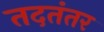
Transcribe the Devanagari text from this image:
तदतंतर